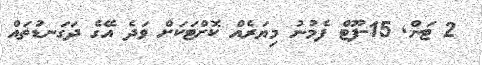
2 ޓަން